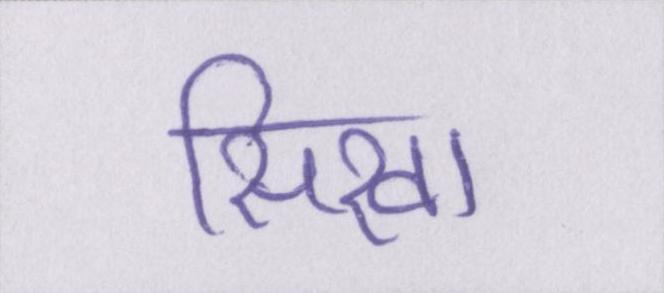
सिखा